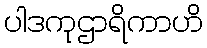
ပါဒကုဌာရိကာဟိ